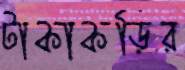
টাকাকড়ির